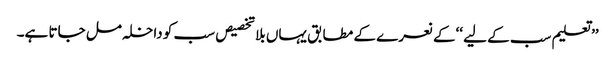
’’ تعلیم سب کے لیے ‘‘کے نعرے کے مطابق یہاں بلا تخصیص سب کو داخلہ مل جاتا ہے۔